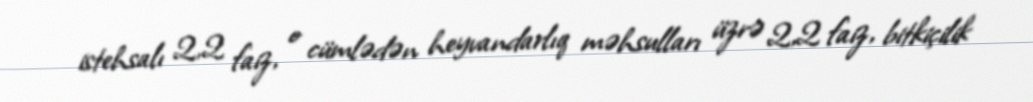
istehsalı 2,2 faiz, o cümlədən heyvandarlıq məhsulları üzrə 2,2 faiz, bitkiçilik